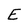
Character: E